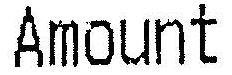
AMOUNT